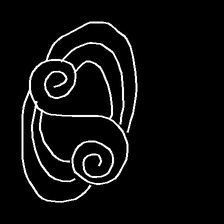
Glyph: wind-underfoot